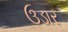
ઉડાર